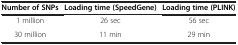
<table><thead><tr><td><b>Number of SNPs</b></td><td><b>Loading time (SpeedGene)</b></td><td><b>Loading time (PLINK)</b></td></tr></thead><tbody><tr><td>1 million</td><td>26 sec</td><td>56 sec</td></tr><tr><td>30 million</td><td>11 min</td><td>29 min</td></tr></tbody></table>